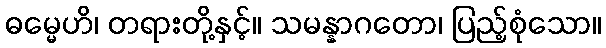
ဓမ္မေဟိ၊ တရားတို့နှင့်။ သမန္နာဂတော၊ ပြည့်စုံသော။